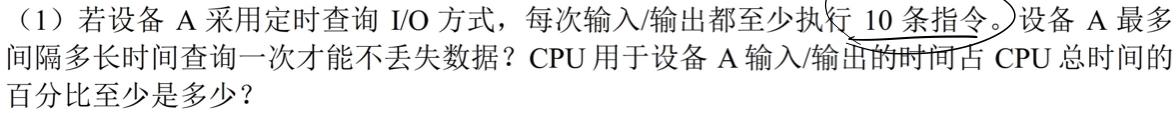
（1）若设备 A 采用定时查询 I/O 方式，每次输入/输出都至少执行 10 条指令。设备 A 最多间隔多长时间查询一次才能不丢失数据？CPU 用于设备 A 输入/输出的时间占 CPU 总时间的百分比至少是多少？